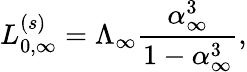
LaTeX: L_{0,\infty}^{(s)}=\Lambda_{\infty}\frac{\alpha_{\infty}^{3}}{1-\alpha_{\infty}^{3}},